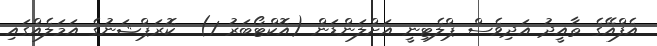
އެފްއޭގެ ތާއީދު އަދިވެސް ޕްލެޓިނީ އަށްލަންޑަން (އޮކްޓޯބަރު 1)  ކޮރަޕްޝަނުގެ އަމަލެއްގައި